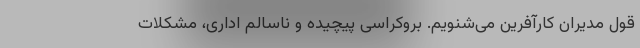
قول مدیران کارآفرین می‌شنویم. بروکراسی پیچیده و ناسالم اداری، مشکلات